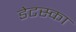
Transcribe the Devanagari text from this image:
डेटस्का